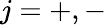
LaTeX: j=+,-